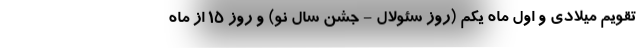
تقویم میلادی و اول ماه یکم (روز سئولال - جشن سال نو) و روز ۱۵ از ماه